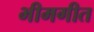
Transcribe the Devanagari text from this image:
भीमगीत